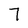
Character: 7